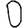
Digit: 0